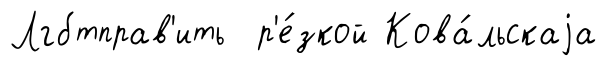
Лгбтправ'ить р'е́зкой Кова́льскаjа